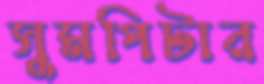
সুমপিটার